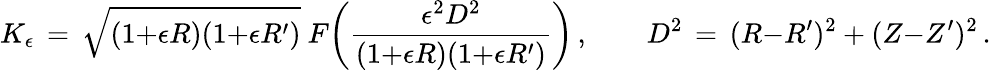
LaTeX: K_{\epsilon}\, =\, \sqrt{(1{+}\epsilon R)(1{+}\epsilon R^{\prime})}~F\biggl(\frac{\epsilon^{2}D^{2}}{(1{+}\epsilon R)(1{+}\epsilon R^{\prime})}\biggr)\, ,\qquad D^{2}\, =\, (R{-}R^{\prime})^{2}+(Z{-}Z^{\prime})^{2}\, .